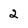
Character: 2